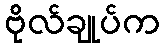
ဗိုလ်ချုပ်က